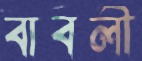
বাবলী